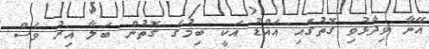
އޭނާ ވިދާޅުވި ގޮތުގައި އައްޑު އަކީ ބިމުގެ ގޮތުން ބަލާ އިރު ވެސް